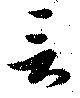
言